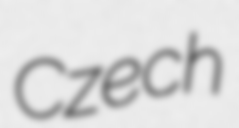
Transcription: Czech